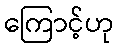
ကြောင့်ဟု